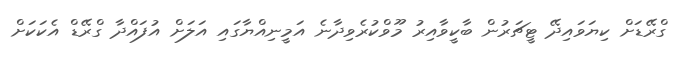
ގްރޭޑަށް ކިޔަވައިދޭ ޓީޗަރުން ބާކީވާއިރު މޫވްކުރެވިދާނެ އަމީނިއްޔާގައި އަލަށް އުފައްދާ ގްރޭޑް އެކަކަށް